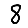
Digit: 8